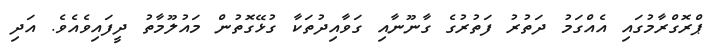
ޕްރޮގްރާމުގައި އެއްގަމު ދަތުރު ފަތުރުގެ ގާނޫނާއި ގަވާއިދުތަކާ ގުޅޭގޮތުން މައުލޫމާތު ދީފައިވެއެވެ. އަދި